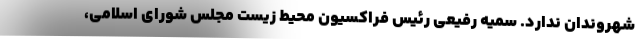
شهروندان ندارد. سمیه رفیعی رئیس فراکسیون محیط زیست مجلس شورای اسلامی،